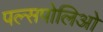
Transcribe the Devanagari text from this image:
पल्सपोलिओ